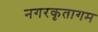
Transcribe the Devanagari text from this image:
नगरकृतागम